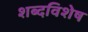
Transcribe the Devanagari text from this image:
शब्दविशेष